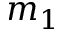
m _ { 1 }